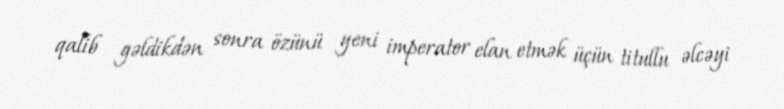
qalib gəldikdən sonra özünü yeni imperator elan etmək üçün titullu əlcəyi